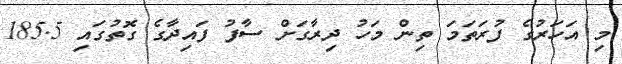
މި އަހަރުގެ ފުރަތަމަ ތިން މަހު ދިރާގަށް ސާފު ފައިދާގެ ގޮތުގައި 185.5